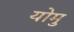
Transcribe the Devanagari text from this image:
योमु